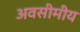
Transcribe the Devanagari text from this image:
अवसीमीय